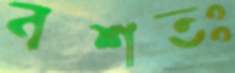
বশতঃ